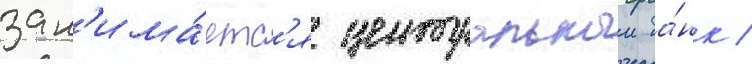
зан'има́етс'я центральныи ба́нк /